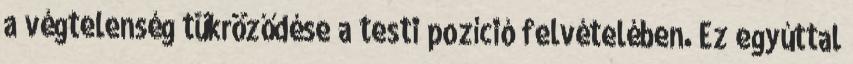
a végtelenség tükröződése a testi pozíció felvételében. Ez egyúttal